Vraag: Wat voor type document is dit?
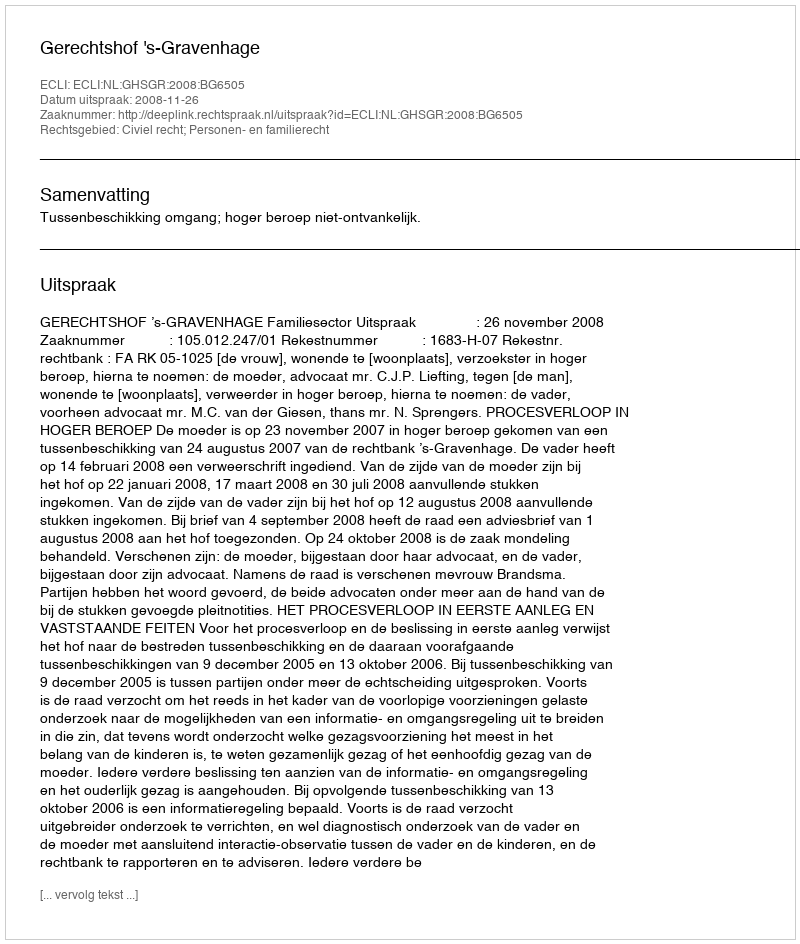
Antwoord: Uitspraak